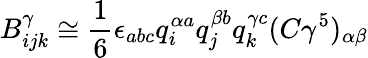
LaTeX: B_{ijk}^{\gamma}\cong\frac{1}{6}\epsilon_{abc}q_{i}^{\alpha a}q_{j}^{\beta b}q_{k}^{\gamma c}(C\gamma^{5})_{\alpha\beta}